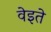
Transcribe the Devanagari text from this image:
वेइते